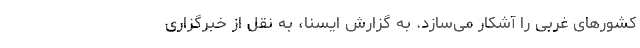
کشورهای غربی را آشکار می‌سازد. به گزارش ایسنا، به نقل از خبرگزاری